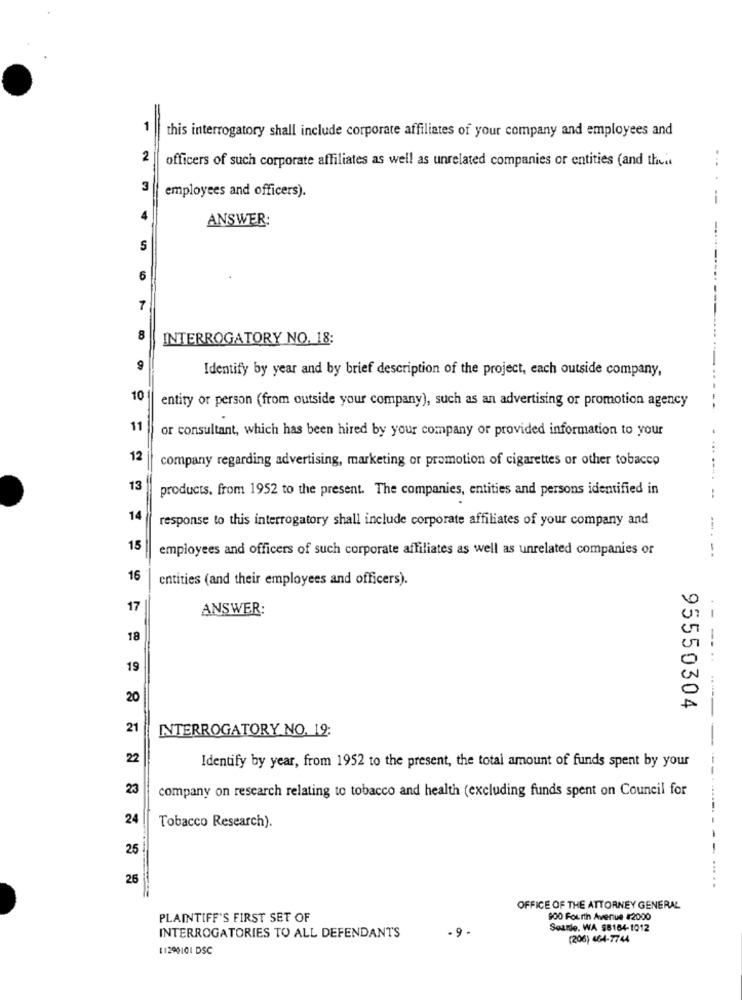
=
1
this interrogatory shall include corporate affiliates of your company and employees and
2
officers of such corporate affiliates as well as unrelated companies or entities (and theit
3
employees and officers).
--
ANSWER:
-..
S
6
----..
---
7
8
INTERROGATORY NO. 18:
9
Identify by year and by brief description of the project, each outside company,
10
entity or person (from outside your company), such as an advertising or promotion agency
11
or consultant, which has been hired by your company or provided information to your
12
company regarding advertising, marketing or promotion of cigarettes or other tobacco
13
products. from 1952 to the present. The companies, entities and persons identified in
14
response to this interrogatory shall include corporate affiliates of your company and
15
employees and officers of such corporate affiliates as well as unrelated companies or
--- --
16
entities (and their employees and officers).
17
ANSWER:
18
19
20
----- -----
95550304
21
INTERROGATORY NO. 19:
-
22
Identify by year, from 1952 to the present, the total amount of funds spent by your
23
company on research relating to tobacco and health (excluding funds spent on Council for
24
Tobacco Research).
25
25
--.
OFFICE OF THE ATTORNEY GENERAL
PLAINTIFF'S FIRST SET OF
900 Fourth Avenue 42000
Sourie. WA $5164-1012
INTERROGATORIES TO ALL DEFENDANTS
-9.
(206) 464-7744
11290101 DSC